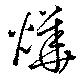
燁